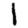
Digit: 1